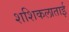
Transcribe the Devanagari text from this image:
शशिकलाताई